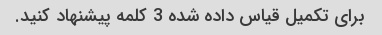
برای تکمیل قیاس داده شده 3 کلمه پیشنهاد کنید.